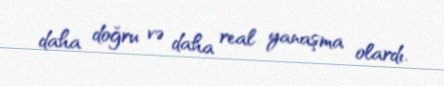
daha doğru və daha real yanaşma olardı.